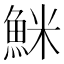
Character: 䱊